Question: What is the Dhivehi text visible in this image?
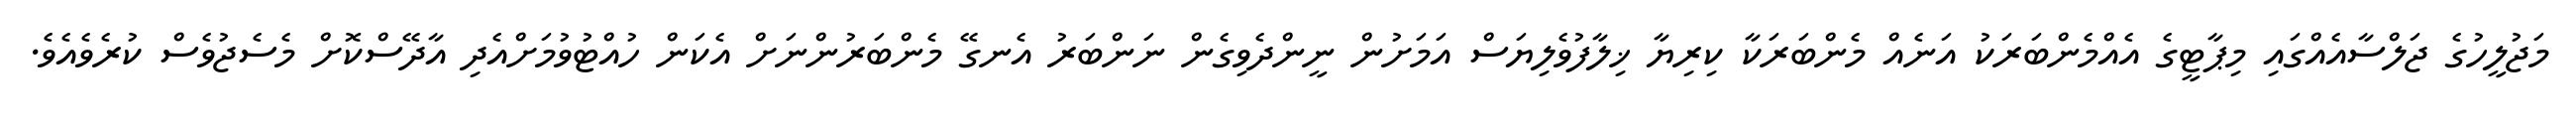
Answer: މަޖުލީހުގެ ޖަލްސާއެއްގައި މިޕާޓީގެ އެއްމެންބަރަކު އަނެއް މެންބަރަކާ ކިރިޔާ ޚިލާފުވެލިޔަސް އަމަށުން ނީންދެވިގެން ނަންބަރު އެނގޭ މެންބަރުންނަށް އެކަން ހުއްޓުވުމަށްއެދި އާދޭސްކޮށް މެސެޖުވެސް ކުރެވެއެވެ.